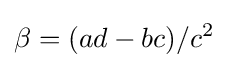
\beta =(ad-bc)/c^{2}